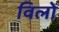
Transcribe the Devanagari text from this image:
विलों